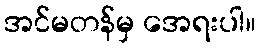
အင်မတန်မှ အေရးပါ။